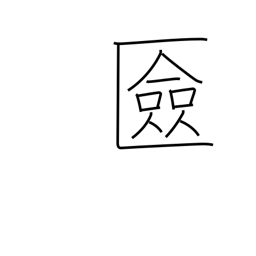
Meaning: cosmetics box